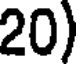
20)